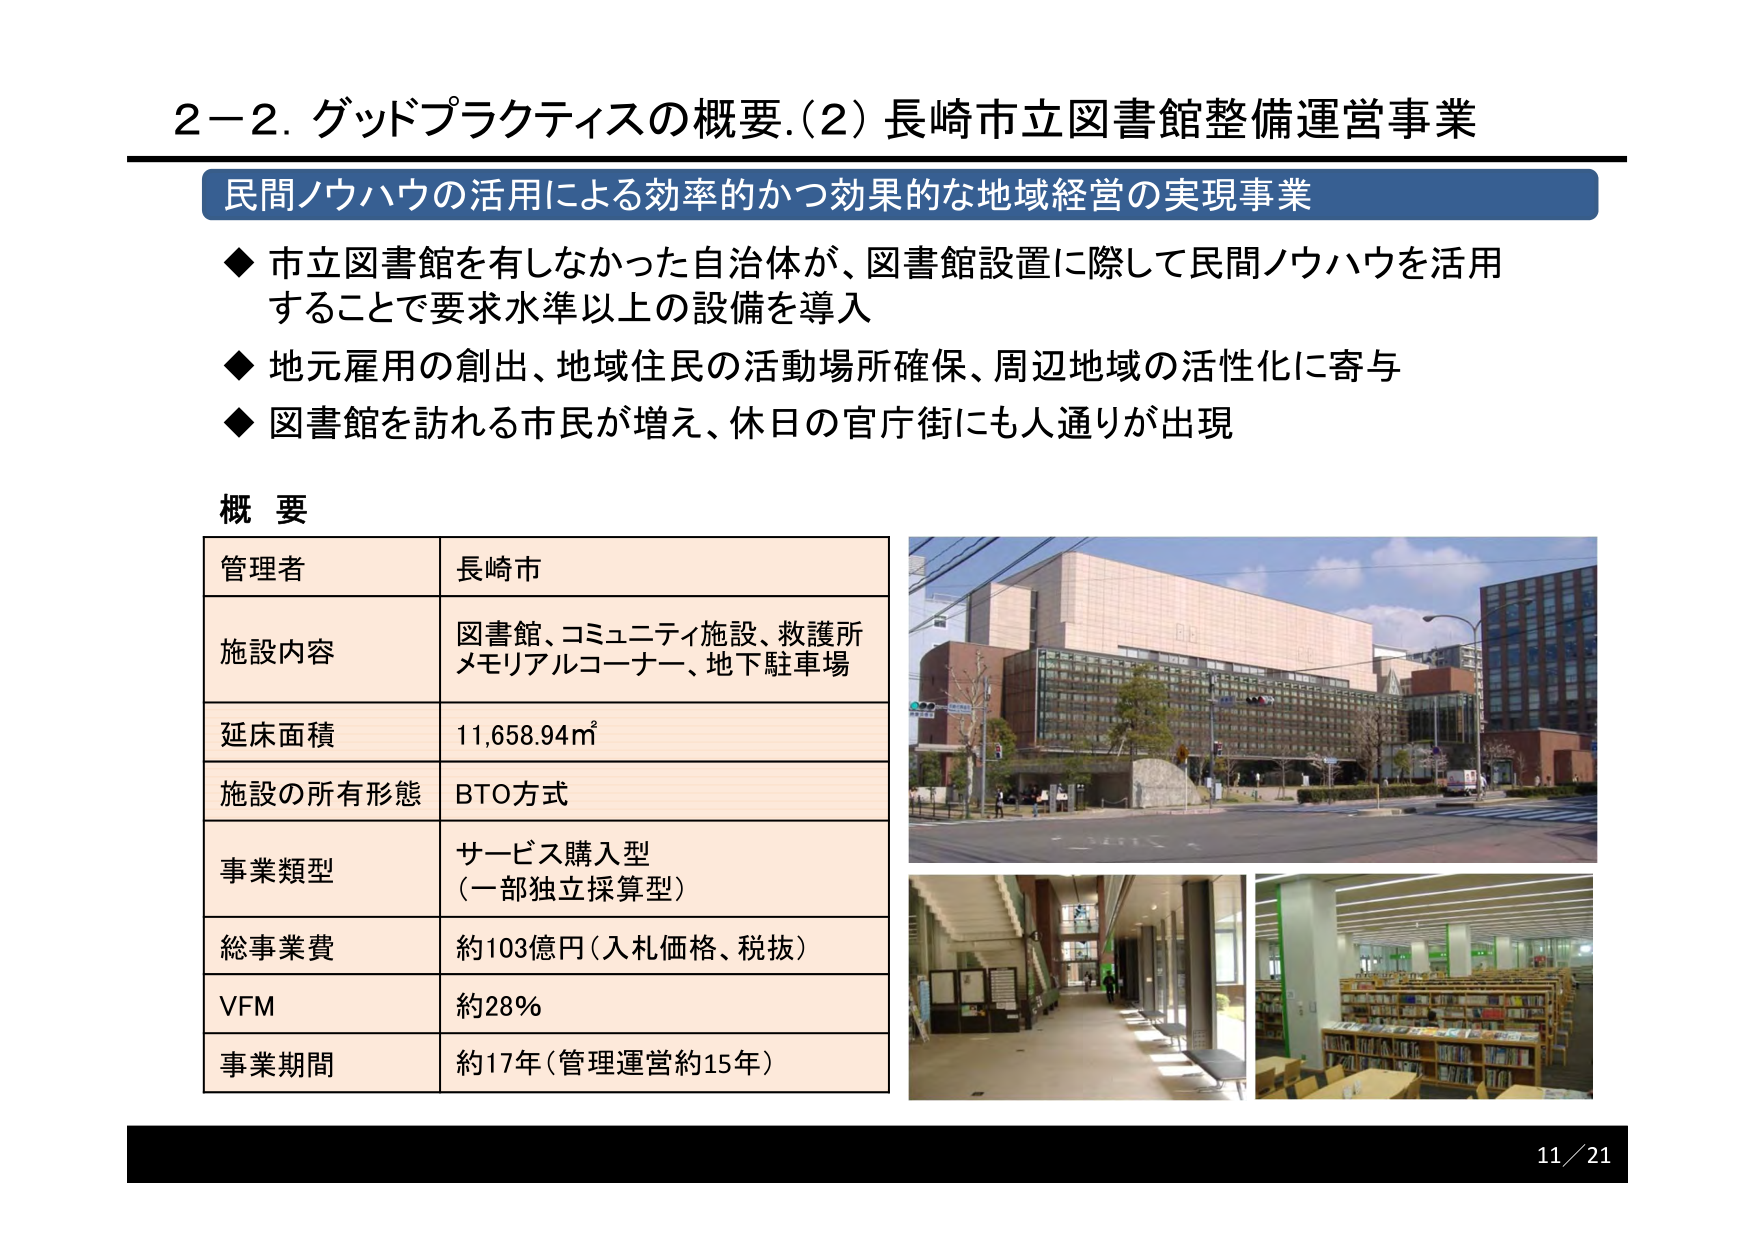
2－2. グッドプラクティスの概要.(2) 長崎市立図書館整備運営事業
民間ノウハウの活用による効率的かつ効果的な地域経営の実現事業
◆ 市立図書館を有しなかった自治体が、図書館設置に際して民間ノウハウを活用することで要求水準以上の設備を導入
◆ 地元雇用の創出、地域住民の活動場所確保、周辺地域の活性化に寄与
◆ 図書館を訪れる市民が増え、休日の官庁街にも人通りが出現

概要
管理者 長崎市
施設内容 図書館、コミュニティ施設、救護所
メモリアルコーナー、地下駐車場
延床面積 11,658.94㎡
施設の所有形態 BTO方式
事業類型 サービス購入型
（一部独立採算型）
総事業費 約103億円（入札価格、税抜）
VFM 約28%
事業期間 約17年（管理運営約15年）

11／21